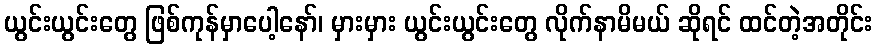
ယွင်းယွင်းတွေ ဖြစ်ကုန်မှာပေါ့နော်၊ မှားမှား ယွင်းယွင်းတွေ လိုက်နာမိမယ် ဆိုရင် ထင်တဲ့အတိုင်း